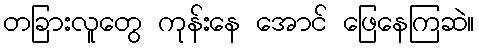
တခြားလူတွေ ကုန်းနေ အောင် ဖြေနေကြဆဲ။